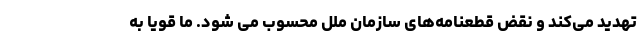
تهدید می‌کند و نقض قطعنامه‌های سازمان ملل محسوب می شود. ما قویا به